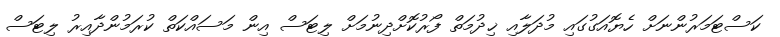
ކަސްޓަމަރުންނަށް ހެޔޮއަގުގައި މުދަލާއި ޚިދުމަތް ފޯރުކޮށްދިނުމަށް ލިޓަސް އިން މަސައްކަތް ކުރަމުންދާއިރު ލިޓަސް